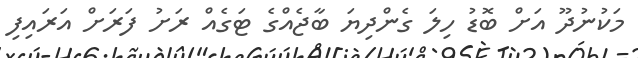
މަކުނުދޫ އަށް ބޮޑު ހިލަ ގެންދިޔަ ބާޖެއްގެ ޓަގެއް ރަށު ފަރަށް އަރައިފި